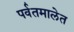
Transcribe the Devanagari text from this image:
पर्वतमालेत